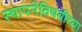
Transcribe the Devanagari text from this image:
स्थापनेविषयीच्या